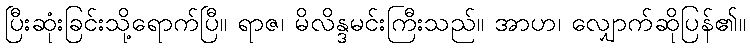
ပြီးဆုံးခြင်းသို့ရောက်ပြီ။ ရာဇ၊ မိလိန္ဒမင်းကြီးသည်။ အာဟ၊ လျှောက်ဆိုပြန်၏။